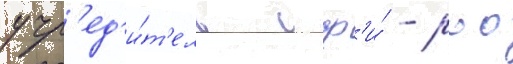
учр'ед'и́т'ель сф'и́ - роо